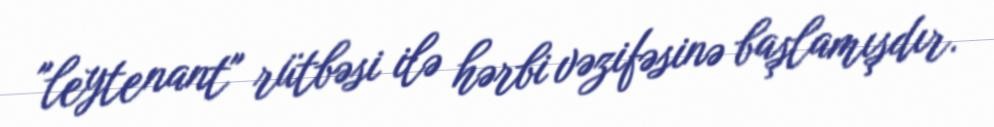
"leytenant" rütbəsi ilə hərbi vəzifəsinə başlamışdır.